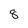
Character: 8